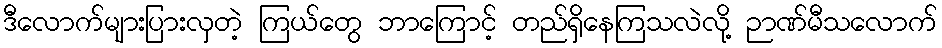
ဒီလောက်များပြားလှတဲ့ ကြယ်တွေ ဘာကြောင့် တည်ရှိနေကြသလဲလို့ ဉာဏ်မီသလောက်